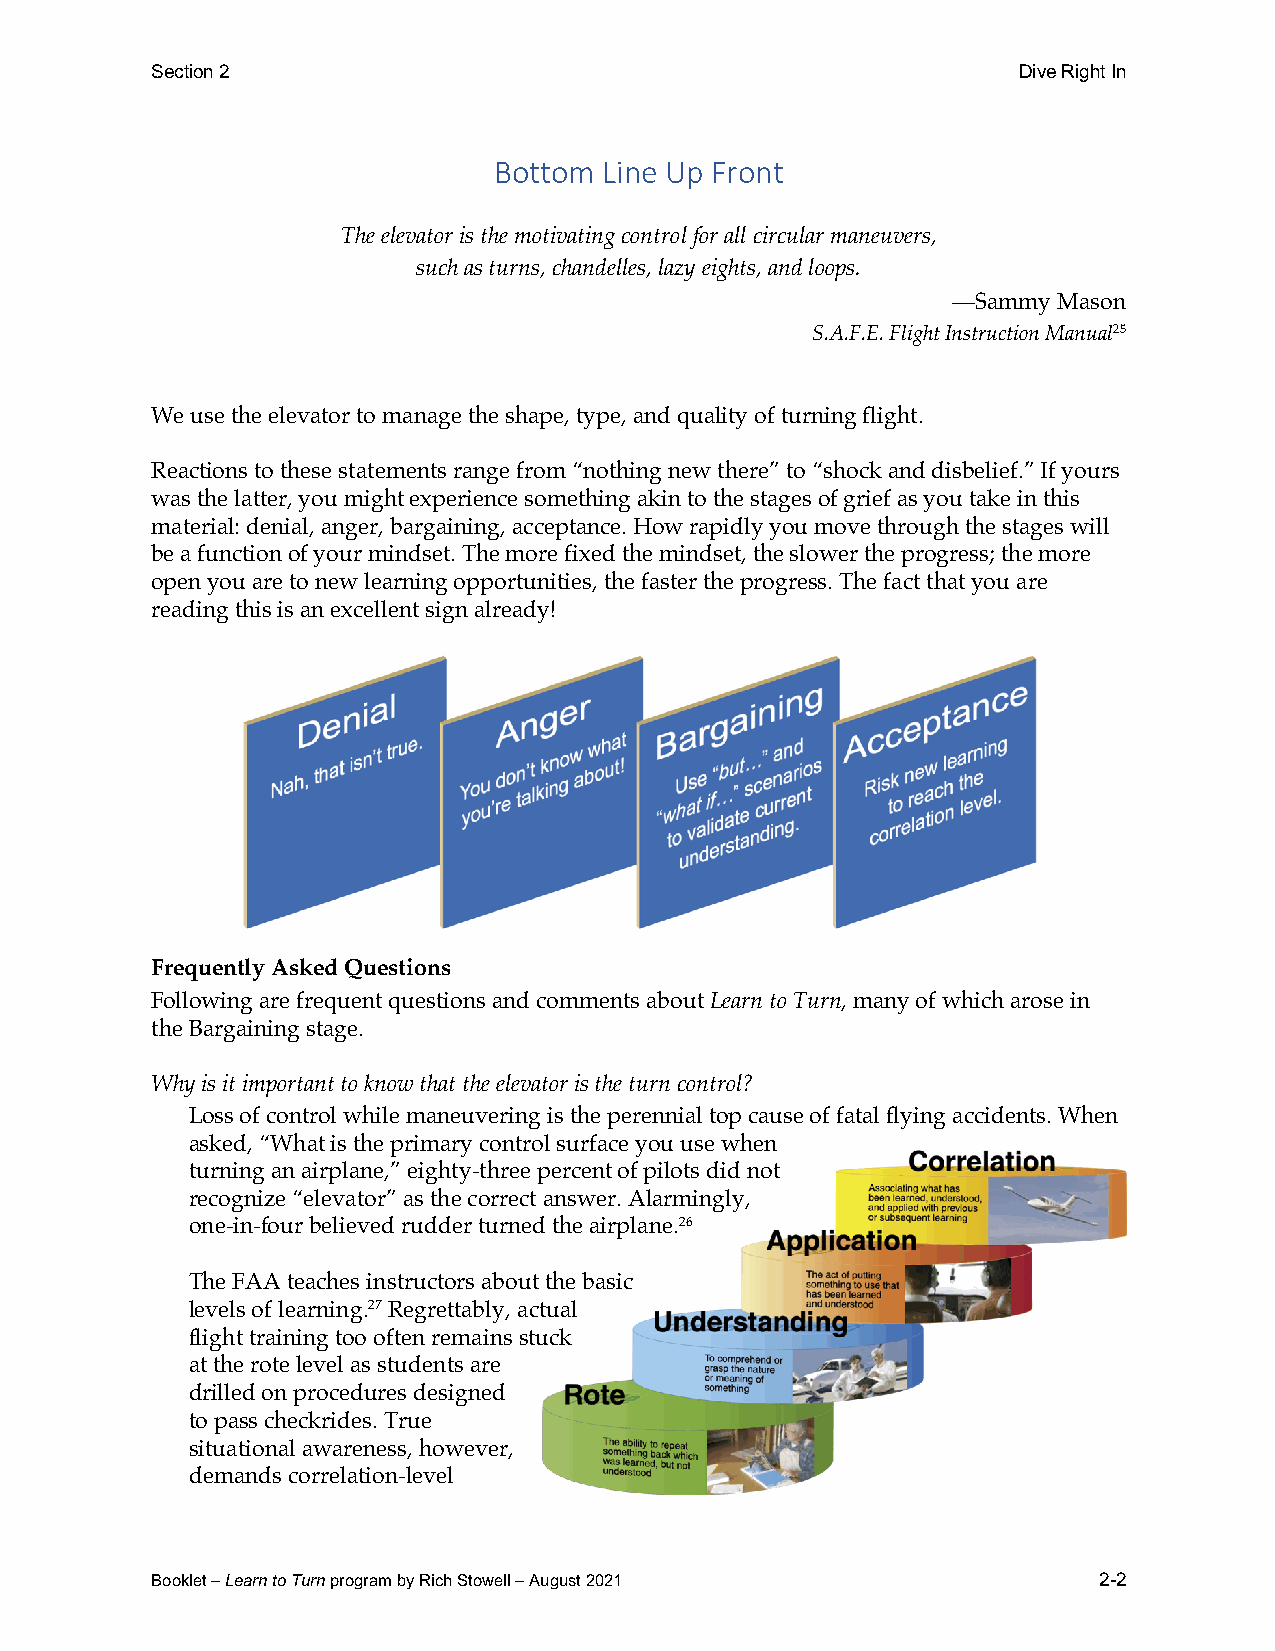
Section 2                                                Dive Right In
 Bottom Line Up Front
 The elevator is the motivating control for all circular maneuvers,
 such as turns, chandelles, lazy eights, and loops.
 —Sammy Mason
 S.A.F.E. Flight Instruction Manual25
 We use the elevator to manage the shape, type, and quality of turning flight.
 Reactions to these statements range from “nothing new there” to “shock and disbelief.” If yours
 was the latter, you might experience something akin to the stages of grief as you take in this
 material: denial, anger, bargaining, acceptance. How rapidly you move through the stages will
 be a function of your mindset. The more fixed the mindset, the slower the progress; the more
 open you are to new learning opportunities, the faster the progress. The fact that you are
 reading this is an excellent sign already!
 Frequently Asked Questions
 Following are frequent questions and comments about Learn to Turn, many of which arose in
 the Bargaining stage.
 Why is it important to know that the elevator is the turn control?
 Loss of control while maneuvering is the perennial top cause of fatal flying accidents. When
 asked, “What is the primary control surface you use when
 turning an airplane,” eighty-three percent of pilots did not
 recognize “elevator” as the correct answer. Alarmingly,
 one-in-four believed rudder turned the airplane.26
 The FAA teaches instructors about the basic
 levels of learning.27 Regrettably, actual
 flight training too often remains stuck
 at the rote level as students are
 drilled on procedures designed
 to pass checkrides. True
 situational awareness, however,
 demands correlation-level
 Booklet – Learn to Turn program by Rich Stowell – August 2021  2-2